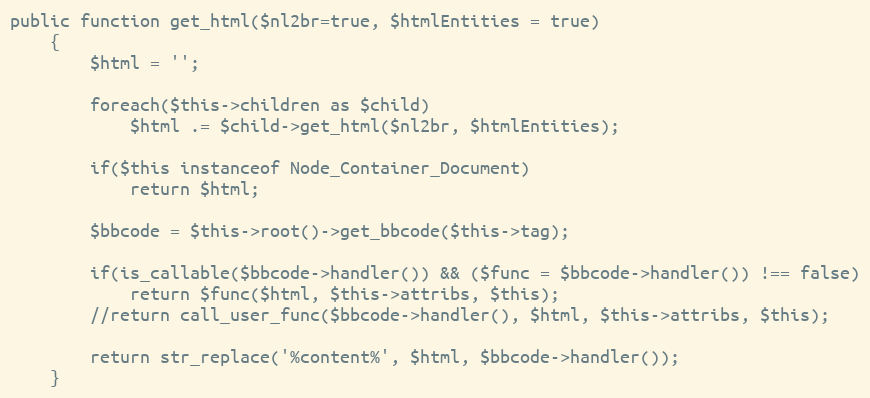
Language: PHP
public function get_html($nl2br=true, $htmlEntities = true)
	{
		$html = '';

		foreach($this->children as $child)
			$html .= $child->get_html($nl2br, $htmlEntities);

		if($this instanceof Node_Container_Document)
			return $html;

		$bbcode = $this->root()->get_bbcode($this->tag);

		if(is_callable($bbcode->handler()) && ($func = $bbcode->handler()) !== false)
			return $func($html, $this->attribs, $this);
		//return call_user_func($bbcode->handler(), $html, $this->attribs, $this);

		return str_replace('%content%', $html, $bbcode->handler());
	}